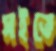
সইতে